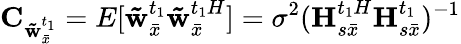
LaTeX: {{\mathbf{C}}_{{\mathbf{\tilde{w}}}_{\bar{x}}^{{t_{1}}}}}=E[{\mathbf{\tilde{w}}}_{\bar{x}}^{{t_{1}}}{\mathbf{\tilde{w}}}{_{\bar{x}}^{{{t_{1}}}H}}]={\sigma^{2}}{({\mathbf{H}}{_{s\bar{x}}^{{{t_{1}}}H}}{\mathbf{H}}_{s\bar{x}}^{{t_{1}}})^{-1}}